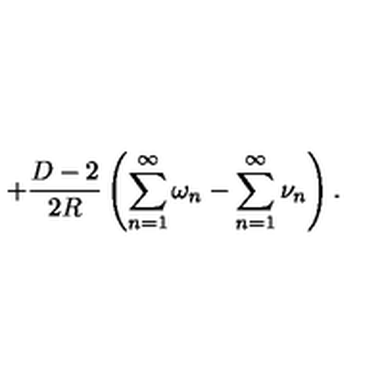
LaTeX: \, + \frac { D - 2 } { 2 R } \left( \sum _ { n = 1 } ^ { \infty } \omega _ { n } - \sum _ { n = 1 } ^ { \infty } \nu _ { n } \right) { . }